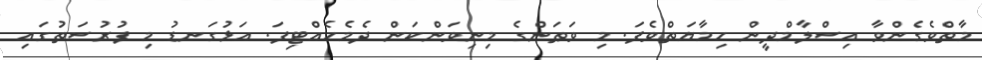
މާތްވެގެންވާ އިސްލާމްދީން ހިމާޔަތްވެފަ. މި ވަޠަންގެ މިނިވަންކަން ދެމެހެއްޓިފަ. އަޅުގަނޑު މި ފުރުސަތުގައި